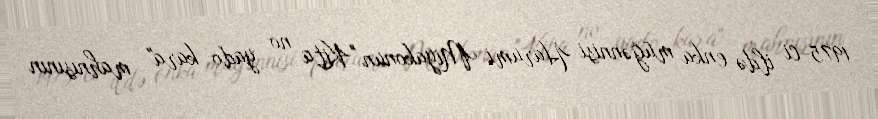
1975-ci ildə enka müğənnisi Harumi Miyakonun "Kita no yado kara" mahnısının